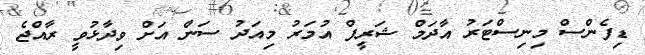
ޑިފެންސް މިނިސްޓަރު އާދަމް ޝަރީފް އުމަރު މިއަދު ސަން އަށް ވިދާޅުވީ ރާއްޖެ